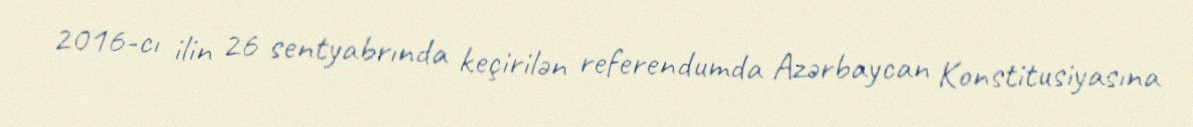
2016-cı ilin 26 sentyabrında keçirilən referendumda Azərbaycan Konstitusiyasına